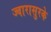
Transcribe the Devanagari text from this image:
ज्वारासुरके